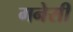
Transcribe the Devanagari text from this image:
गनेसी